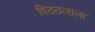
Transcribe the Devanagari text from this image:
विठठलाला